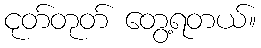
ငုတ်တုတ် တွေ့ရတယ်။